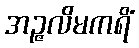
အဉ္ဇလိမကရိံ